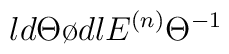
\l {d  \Theta \o d \l} E^{(n)} {\Theta}^{-1}